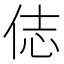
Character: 俧